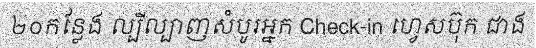
២០កន្លែង ល្បីល្បាញសំបូរអ្នក Check-in ហ្វេសប៊ុក ជាង